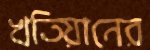
খতিয়ানের